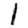
Digit: 1